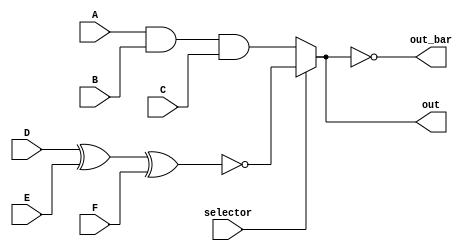
module circuit (
    input A, B, C, D, E, F, selector,
    output out, out_bar
);
    wire in0, in1;
    assign in0 = A & B & C;
    assign in1 = ~(D ^ E ^ F);
    assign out = (selector)? in1:in0;
    assign out_bar = ~(out);
endmodule